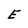
Character: E